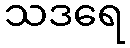
သဒရေ